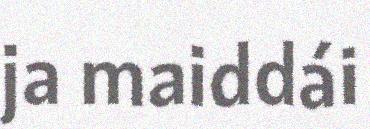
ja maiddái